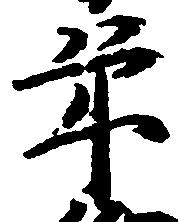
年